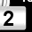
Digit: 2